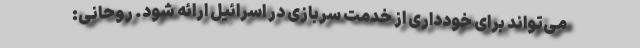
می‌تواند برای خودداری از خدمت سربازی در اسرائیل ارائه شود. روحانی: